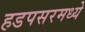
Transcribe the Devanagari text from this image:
हडपसरमध्ये